Report of the Indian Hemp Drugs Commission, 1894-1895 - Volume I
Year: 1894
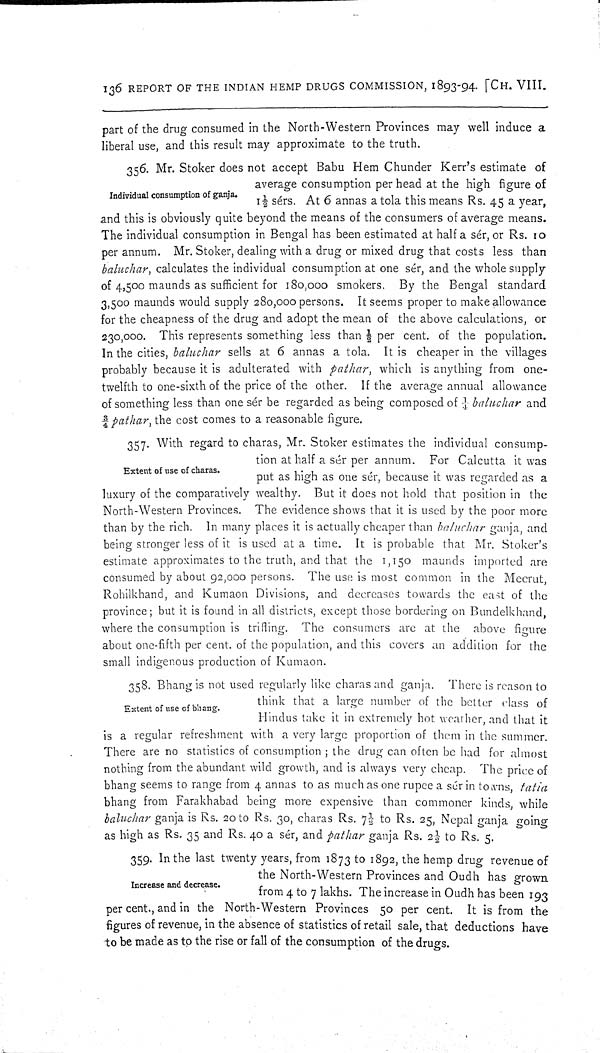
136 REPORT OF THE INDIAN HEMP DRUGS COMMISSION, 1893-94. [CH. VIII.
part of the drug consumed in the North-Western Provinces may well induce a
liberal use, and this result may approximate to the truth.
Individual consumption of ganja.
356. Mr. Stoker does not accept Babu Hem Chunder Kerr's estimate of
average consumption per head at the high figure of
11/2 sérs. At 6 annas a tola this means Rs. 45 a year,
and this is obviously quite beyond the means of the consumers of average means.
The individual consumption in Bengal has been estimated at half a sér, or Rs. 10
per annum. Mr. Stoker, dealing with a drug or mixed drug that costs less than
baluchar, calculates the individual consumption at one sér, and the whole supply
of 4,500 maunds as sufficient for 180,000 smokers. By the Bengal standard
3,500 maunds would supply 280,000 persons. It seems proper to make allowance
for the cheapness of the drug and adopt the mean of the above calculations, or
230,000. This represents something less than 1/2 per cent. of the population.
In the cities, baluchar sells at 6 annas a tola. It is cheaper in the villages
probably because it is adulterated with pathar, which is anything from one-
twelfth to one-sixth of the price of the other. If the average annual allowance
of something less than one sér be regarded as being composed of 1/4 baluchar and
3/4 pathar, the cost comes to a reasonable figure.
Extent of use of charas.
357. With regard to charas, Mr. Stoker estimates the individual consump-
tion at half a sér per annum. For Calcutta it was
put as high as one sér, because it was regarded as a
luxury of the comparatively wealthy. But it does not hold that position in the
North-Western Provinces. The evidence shows that it is used by the poor more
than by the rich. In many places it is actually cheaper than baluchar ganja, and
being stronger less of it is used at a time. It is probable that Mr. Stoker's
estimate approximates to the truth, and that the 1,150 maunds imported are
consumed by about 92,000 persons. The use is most common in the Meerut,
Rohilkhand, and Kumaon Divisions, and decreases towards the east of the
province; but it is found in all districts, except those bordering on Bundelkhand,
where the consumption is trifling. The consumers are at the above figure
about one-fifth per cent. of the population, and this covers an addition for the
small indigenous production of Kumaon.
Extent of use of bhang.
358. Bhang is not used regularly like charas and ganja. There is reason to
think that a large number of the better class of
Hindus take it in extremely hot weather, and that it
is a regular refreshment with a very large proportion of them in the summer.
There are no statistics of consumption; the drug can often be had for almost
nothing from the abundant wild growth, and is always very cheap. The price of
bhang seems to range from 4 annas to as much as one rupee a sér in towns, tatia
bhang from Farakhabad being more expensive than commoner kinds, while
baluchar ganja is Rs. 20 to Rs. 30, charas Rs. 71/2 to Rs. 25, Nepal ganja going
as high as Rs. 35 and Rs. 40 a sér, and pathar ganja Rs. 21/2 to Rs. 5.
Increase and decrease.
359. In the last twenty years, from 1873 to 1892, the hemp drug revenue of
the North-Western Provinces and Oudh has grown
from 4 to 7 lakhs. The increase in Oudh has been 193
per cent., and in the North-Western Provinces 50 per cent. It is from the
figures of revenue, in the absence of statistics of retail sale, that deductions have
to be made as to the rise or fall of the consumption of the drugs.